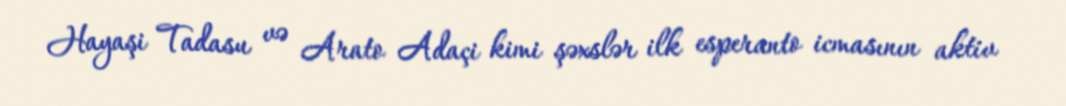
Hayaşi Tadasu və Arato Adaçi kimi şəxslər ilk esperanto icmasının aktiv